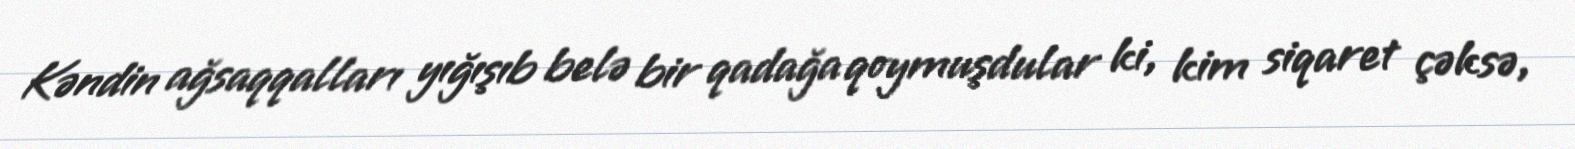
Kəndin ağsaqqalları yığışıb belə bir qadağa qoymuşdular ki, kim siqaret çəksə,